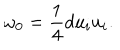
LaTeX: \omega _ { 0 } = \frac 1 4 d u _ { i } u _ { i } .